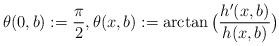
LaTeX: \begin{align*}\theta(0,b):=\frac{\pi}{2},\theta(x,b):=\arctan\big(\frac{h'(x,b)}{h(x,b)}\big)\end{align*}